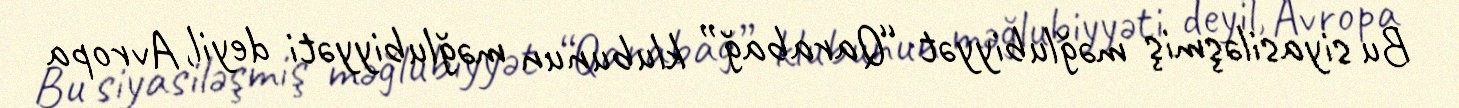
Bu siyasiləşmiş məğlubiyyət “Qarabağ” klubunun məğlubiyyəti deyil, Avropa